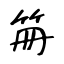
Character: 笧